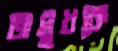
অসুখকে